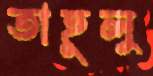
তাহূলু